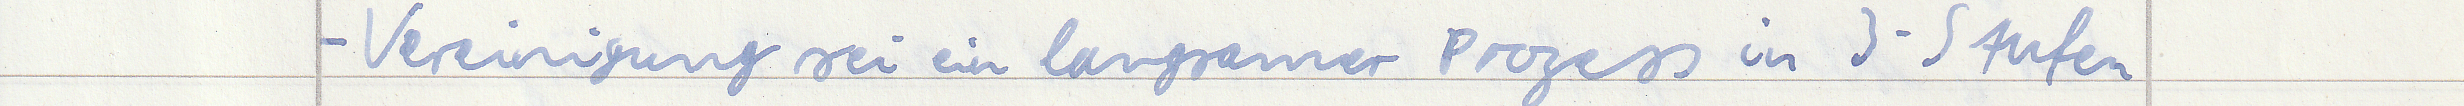
- Vereinigung sei ein langsamer Prozess in 3-Stufen